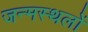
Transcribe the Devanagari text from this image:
जन्मस्थलों